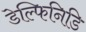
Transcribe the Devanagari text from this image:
डेल्फिनिडि